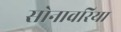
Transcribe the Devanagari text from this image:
सोनावरिया